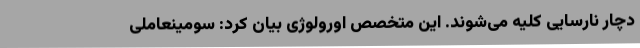
دچار نارسایی کلیه می‌شوند. این متخصص اورولوژی بیان کرد: ‌سومینعاملی